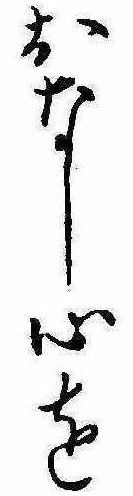
おなし心を